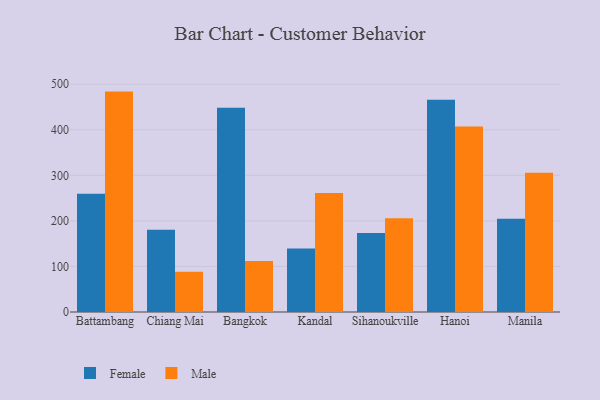
{"axis": {"x": "City", "y": "Backlog"}, "legend": ["Female", "Male"], "data": [{"x": "Battambang", "y": 259.7, "type": "Female"}, {"x": "Battambang", "y": 483.8, "type": "Male"}, {"x": "Chiang Mai", "y": 180.5, "type": "Female"}, {"x": "Chiang Mai", "y": 88.2, "type": "Male"}, {"x": "Bangkok", "y": 448.4, "type": "Female"}, {"x": "Bangkok", "y": 112.0, "type": "Male"}, {"x": "Kandal", "y": 139.6, "type": "Female"}, {"x": "Kandal", "y": 261.3, "type": "Male"}, {"x": "Sihanoukville", "y": 173.6, "type": "Female"}, {"x": "Sihanoukville", "y": 205.8, "type": "Male"}, {"x": "Hanoi", "y": 466.0, "type": "Female"}, {"x": "Hanoi", "y": 407.1, "type": "Male"}, {"x": "Manila", "y": 204.5, "type": "Female"}, {"x": "Manila", "y": 305.8, "type": "Male"}]}